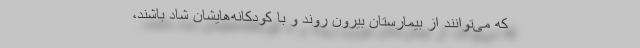
که می‌توانند از بیمارستان بیرون روند و با کودکانه‌هایشان شاد باشند،